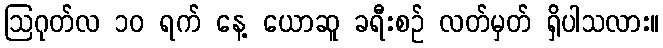
ဩဂုတ်လ ၁၀ ရက် နေ့ ယောဆူ ခရီးစဉ် လတ်မှတ် ရှိပါသလား။